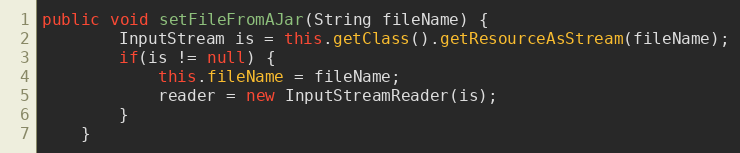
Language: Java
public void setFileFromAJar(String fileName) {
        InputStream is = this.getClass().getResourceAsStream(fileName);
        if(is != null) {
            this.fileName = fileName;
            reader = new InputStreamReader(is);
        }
    }